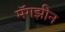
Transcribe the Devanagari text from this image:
मॅगझीन